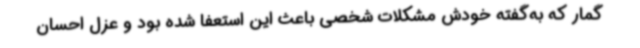
گمار که به‌گفته خودش مشکلات شخصی باعث این استعفا شده بود و عزل احسان